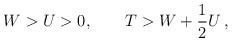
LaTeX: \begin{align*}W>U>0,\qquad T>W+\frac{1}{2}U\, , \end{align*}